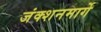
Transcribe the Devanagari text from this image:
जंक्शनमार्गे